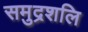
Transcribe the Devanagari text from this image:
समुद्रशलि